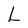
Character: L